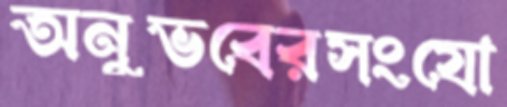
অনুভবেরসংযো